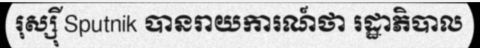
រុស្ស៊ី Sputnik បានរាយការណ៍ថា រដ្ឋាភិបាល